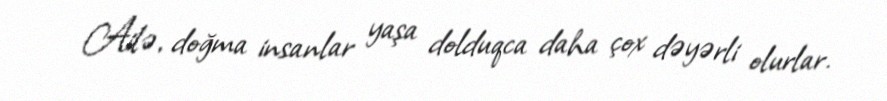
Ailə, doğma insanlar yaşa dolduqca daha çox dəyərli olurlar.